Annual report on the Civil Veterinary Department, Burma (including the Insein Veterinary School) - 1932-1941
Year: 1932
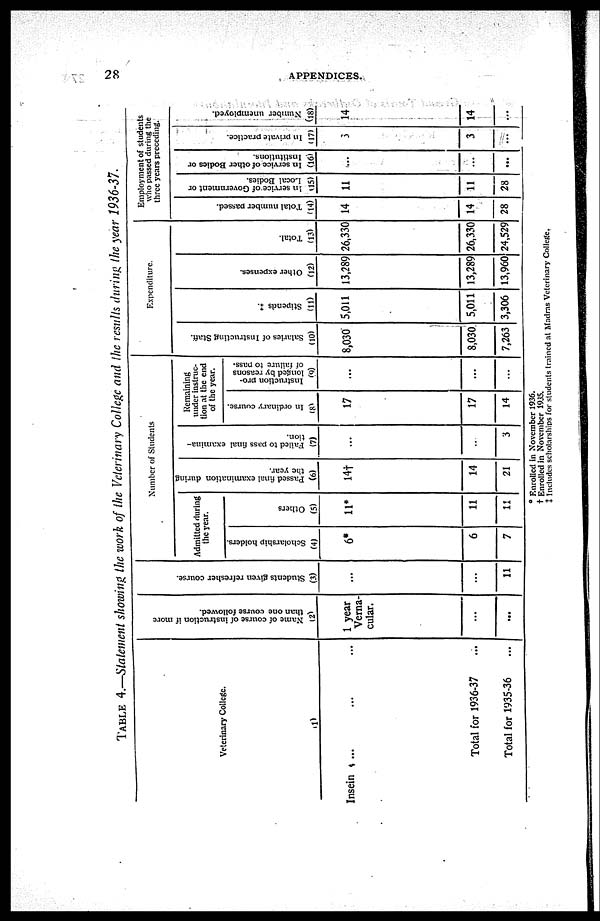
28
APPENDICES.
TABLE 4.—Statement showing the work of the Veterinary College and the results during the year 1936-37
Veterinary College.
(1)
Insein ... ... ...
Total for 1936-37 ...
Total for 1935-36 ...
Name of course of instruction if more
than one course followed.
(2)
1 year
Verna-
cular.
...
...
Students given refresher course.
(3)
...
...
11
Number of Students
Admitted during
the year.
Scholarship holders.
(4)
6*
6
7
Others
(5)
11*
11
11
Passed final examination during
the year.
(6)
14†
14
21
Failed to pass final examina-
tion.
(7)
...
..
3
Remaining
under instruc-
tion at the end
of the year.
In ordinary course.
(8)
17
17
14
Instruction pro-
longed by reasons
of failure to pass.
(9)
...
...
...
Expenditure.
Salaries of Instructing Staff.
(10)
8,030
8,030
7,263
Stipends ‡.
(11)
5,011
5,011
3,306
Other expenses.
(12)
13,289
13,289
13,960
Total.
(13)
26,330
26,330
24,529
Employment of students
who passed during the
three years preceding.
Total number passed.
(14)
14
14
28
In service of Government or
Local Bodies.
(15)
11
11
28
In service of other Bodies or
Institutions.
(16)
...
...
...
In private practice.
(17)
3
3
...
Number unemployed.
(18)
14
14
...
* Enrolled in November 1936.
† Enrolled in November 1935.
‡ Includes scholarships for students trained at Madras Veterinary College.